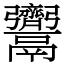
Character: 𩱳